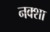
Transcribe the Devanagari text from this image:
नक्‍शा